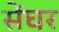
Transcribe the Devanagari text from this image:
सेंघर